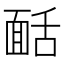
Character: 𩈙